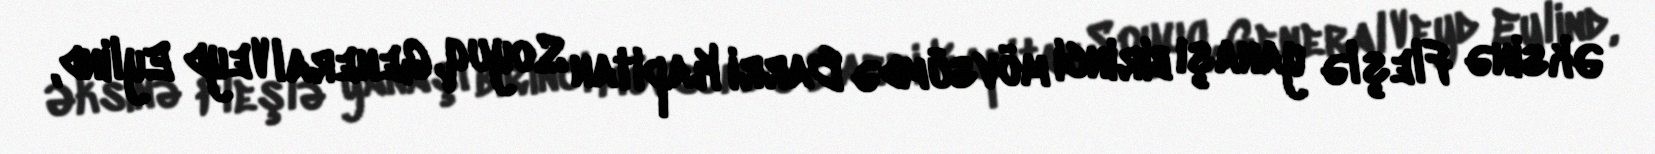
Əksinə Fleşlə yanaşı birinci mövsümdə Barri Kapitan Soyuq, General Veyd Eylind,